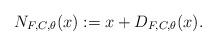
LaTeX: \begin{align*} N_{F,C,\theta}(x):=x+D_{F,C, \theta}(x).\end{align*}